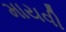
માયવી